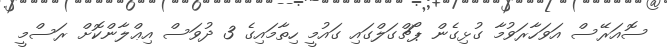
ސޮއަރޭސް އަވަހާރަވުމާ ގުޅިގެން ޕޯޗްގަލްގައި ގައުމީ ހިތާމައިގެ 3 ދުވަސް އިޢްލާންކޮށް ރަސްމީ